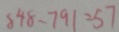
8 4 8 - 7 9 1 = 5 7